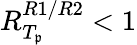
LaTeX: R_{T_{\mathfrak{p}}}^{R1/R2}<1